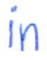
Text: in
Cross-out: clean
Writing tool: ballpoint